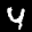
Digit: 4